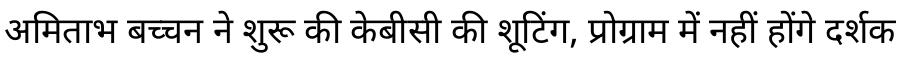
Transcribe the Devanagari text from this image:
अमिताभ बच्चन ने शुरू की केबीसी की शूटिंग, प्रोग्राम में नहीं होंगे दर्शक